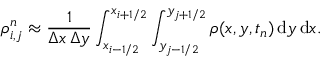
\boldsymbol { \rho } _ { i , j } ^ { n } \approx \frac { 1 } { \Delta x \, \Delta y } \int _ { x _ { i - 1 / 2 } } ^ { x _ { i + 1 / 2 } } \int _ { y _ { j - 1 / 2 } } ^ { y _ { j + 1 / 2 } } \boldsymbol { \rho } ( x , y , t _ { n } ) \, \mathrm { d } y \, \mathrm { d } x .